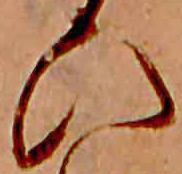
ひ